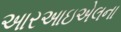
આરઆઇએલના